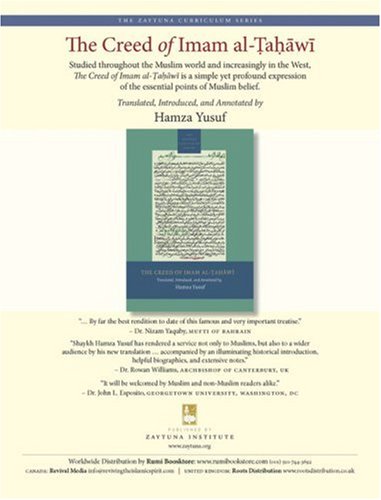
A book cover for The Creed of Imam al-Tahawi; Hamza Yusuf; Religion & Spirituality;